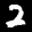
Label: 2